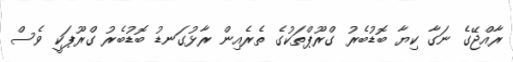
ރާއްޖޭގެ ނަގާ ކިޔާ ބޮޑުބެރު ގްރޫޕްތަކުގެ ތެރެއިން ރާޅުގަނޑު ބޮޑުބެރު ގްރޫޕަކީ ވެސް